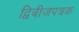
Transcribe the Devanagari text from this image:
द्विबीजपत्रक